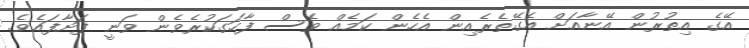
އޭގެ އިތުރުން އޭނާއަށް އެގޭތެރެއިން އެހެން ކަމެއް ވެސް ފާހަގަކުރެވެން ވަނީ ފަށާފައެވެ.